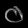
Digit: ၀